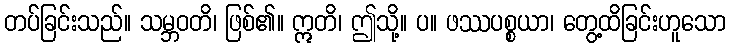
တပ်ခြင်းသည်။ သမ္ဘဝတိ၊ ဖြစ်၏။ ဣတိ၊ ဤသို့။ ပ။ ဖဿပစ္စယာ၊ တွေ့ထိခြင်းဟူသော